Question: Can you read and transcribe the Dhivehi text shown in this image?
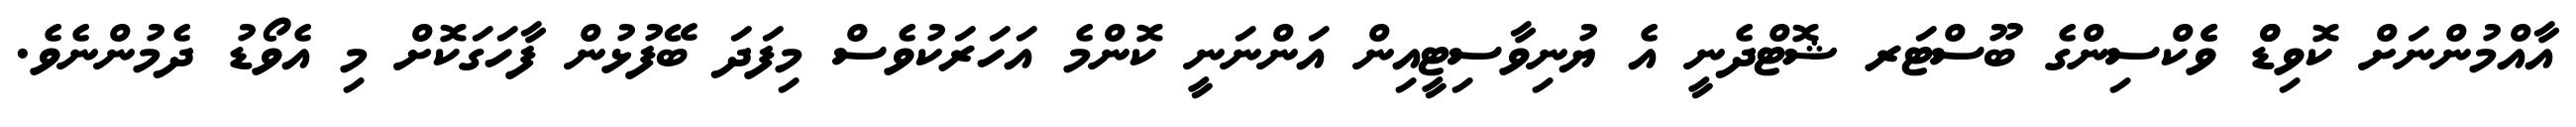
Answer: އާއްމުންނަށް ކޮވިޑްް ވެެކްސިންގެ ބޫސްޓަރ ޝޮޓްދެނީ އެ ޔުނިވާސިޓީއިން އަންނަނީ ކޮންމެ އަހަރަކުވެސް މިފަދަ ބޭފުޅުން ފާހަގަކޮށް މި އެވޯޑު ދެމުންނެވެ.